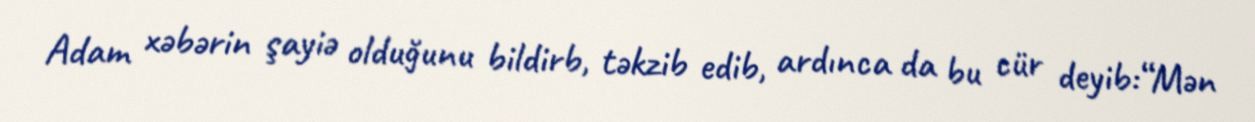
Adam xəbərin şayiə olduğunu bildirb, təkzib edib, ardınca da bu cür deyib:“Mən